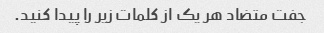
جفت متضاد هر یک از کلمات زیر را پیدا کنید.